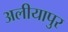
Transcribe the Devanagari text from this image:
अलीयापुर